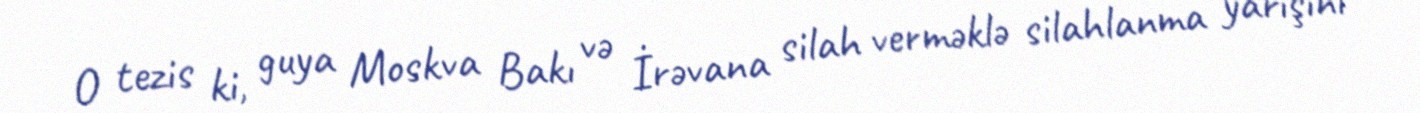
O tezis ki, guya Moskva Bakı və İrəvana silah verməklə silahlanma yarışını